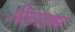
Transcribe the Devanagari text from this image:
पित्ताश्म